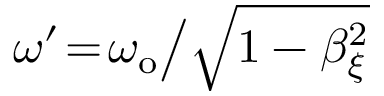
\omega ^ { \prime } \! = \! \omega _ { \mathrm { o } } \big / \sqrt { 1 - \beta _ { \xi } ^ { 2 } }